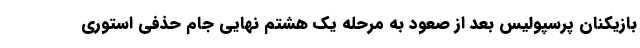
بازیکنان پرسپولیس بعد از صعود به مرحله یک هشتم نهایی جام حذفی استوری